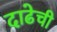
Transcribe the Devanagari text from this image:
दाढेची